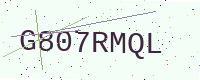
Text: G807RMQL